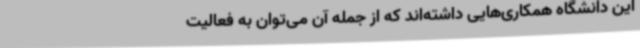
این دانشگاه همکاری‌هایی داشته‌اند که از جمله آن می‌توان به فعالیت